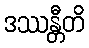
ဒဿန္တီတိ